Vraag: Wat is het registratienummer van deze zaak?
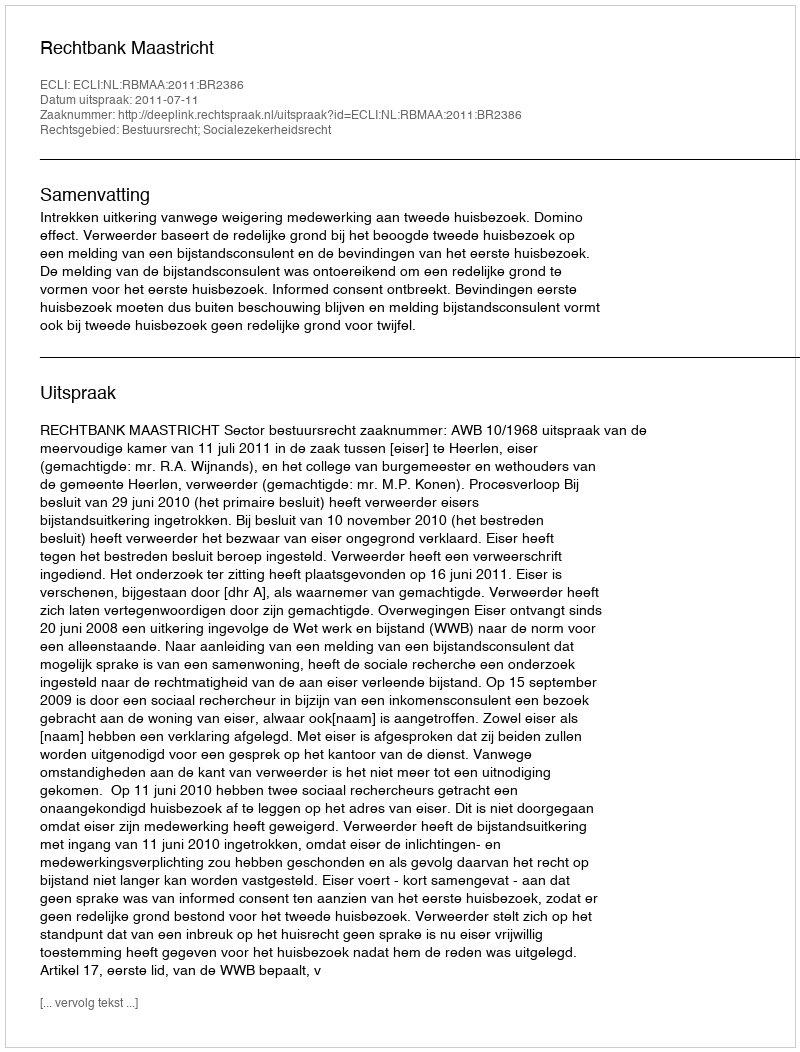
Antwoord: http://deeplink.rechtspraak.nl/uitspraak?id=ECLI:NL:RBMAA:2011:BR2386